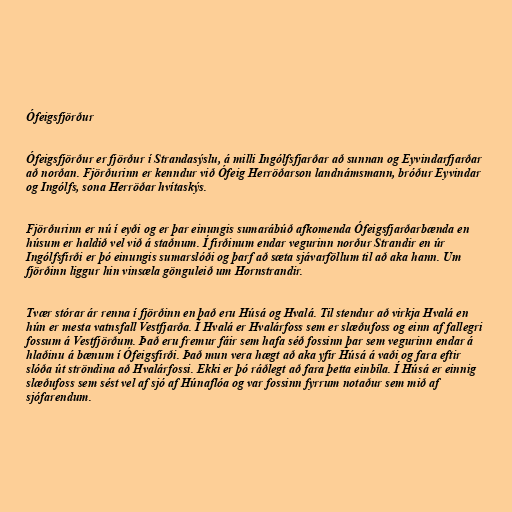
Ófeigsfjörður

Ófeigsfjörður er fjörður í Strandasýslu, á milli Ingólfsfjarðar að sunnan og Eyvindarfjarðar
að norðan. Fjörðurinn er kenndur við Ófeig Herröðarson landnámsmann, bróður Eyvindar
og Ingólfs, sona Herröðar hvítaskýs.

Fjörðurinn er nú í eyði og er þar einungis sumarábúð afkomenda Ófeigsfjarðarbænda en
húsum er haldið vel við á staðnum. Í firðinum endar vegurinn norður Strandir en úr
Ingólfsfirði er þó einungis sumarslóði og þarf að sæta sjávarföllum til að aka hann. Um
fjörðinn liggur hin vinsæla gönguleið um Hornstrandir.

Tvær stórar ár renna í fjörðinn en það eru Húsá og Hvalá. Til stendur að virkja Hvalá en
hún er mesta vatnsfall Vestfjarða. Í Hvalá er Hvalárfoss sem er slæðufoss og einn af fallegri
fossum á Vestfjörðum. Það eru fremur fáir sem hafa séð fossinn þar sem vegurinn endar á
hlaðinu á bænum í Ófeigsfirði. Það mun vera hægt að aka yfir Húsá á vaði og fara eftir
slóða út ströndina að Hvalárfossi. Ekki er þó ráðlegt að fara þetta einbíla. Í Húsá er einnig
slæðufoss sem sést vel af sjó af Húnaflóa og var fossinn fyrrum notaður sem mið af
sjófarendum.